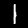
Digit: 1